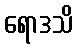
ရောဒသိ